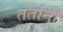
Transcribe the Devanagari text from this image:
तंतांनी